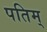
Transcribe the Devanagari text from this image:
पतिम्